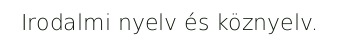
Irodalmi nyelv és köznyelv.